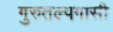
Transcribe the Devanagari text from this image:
गुरुतल्पगासी